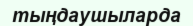
тыңдаушыларда